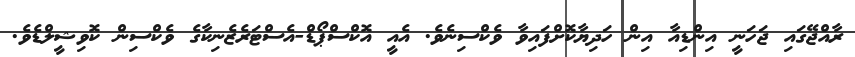
ރާއްޖޭގައި ޖަހަނީ އިންޑިއާ އިން ހަދިޔާކޮށްފައިވާ ވެކްސިނެވެ. އެއީ އޮކްސްޕޯޑް-އެސްޓަރެޒެނިކާގެ ވެކްސިން ކޮވިޝީލްޑެވެ.